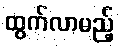
ထွက်လာမည့်